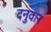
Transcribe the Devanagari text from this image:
दनुवार